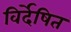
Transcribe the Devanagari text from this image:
विर्देषित